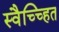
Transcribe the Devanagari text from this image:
स्वैच्च्हित